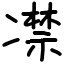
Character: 凚